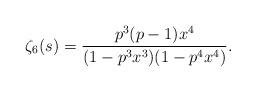
LaTeX: \begin{align*}\zeta_6(s) = \frac{p^3(p-1)x^4}{(1-p^3x^3)(1-p^4x^4)}. \end{align*}